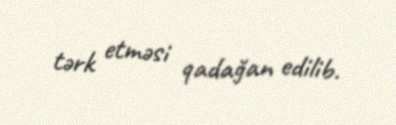
tərk etməsi qadağan edilib.